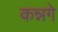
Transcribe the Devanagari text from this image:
कन्नगे